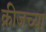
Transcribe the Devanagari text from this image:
क्रीजच्या